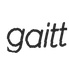
gaitt